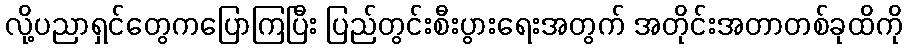
လို့ပညာရှင်တွေကပြောကြပြီး ပြည်တွင်းစီးပွားရေးအတွက် အတိုင်းအတာတစ်ခုထိကို